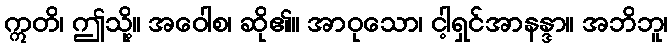
ဣတိ၊ ဤသို့။ အဝေါစ၊ ဆို၏။ အာဝုသော၊ ငါ့ရှင်အာနန္ဒာ။ အဘိဘူ၊